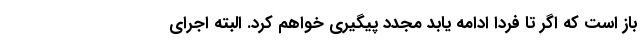
باز است که اگر تا فردا ادامه یابد مجدد پیگیری خواهم کرد. البته اجرای